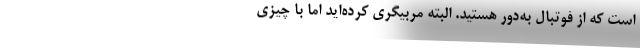
است که از فوتبال به‌دور هستید. البته مربیگری کرده‌اید اما با چیزی